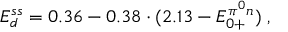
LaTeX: E _ { d } ^ { s s } = 0 . 3 6 - 0 . 3 8 \cdot ( 2 . 1 3 - E _ { 0 + } ^ { { \pi ^ { 0 } } n } ) \; ,